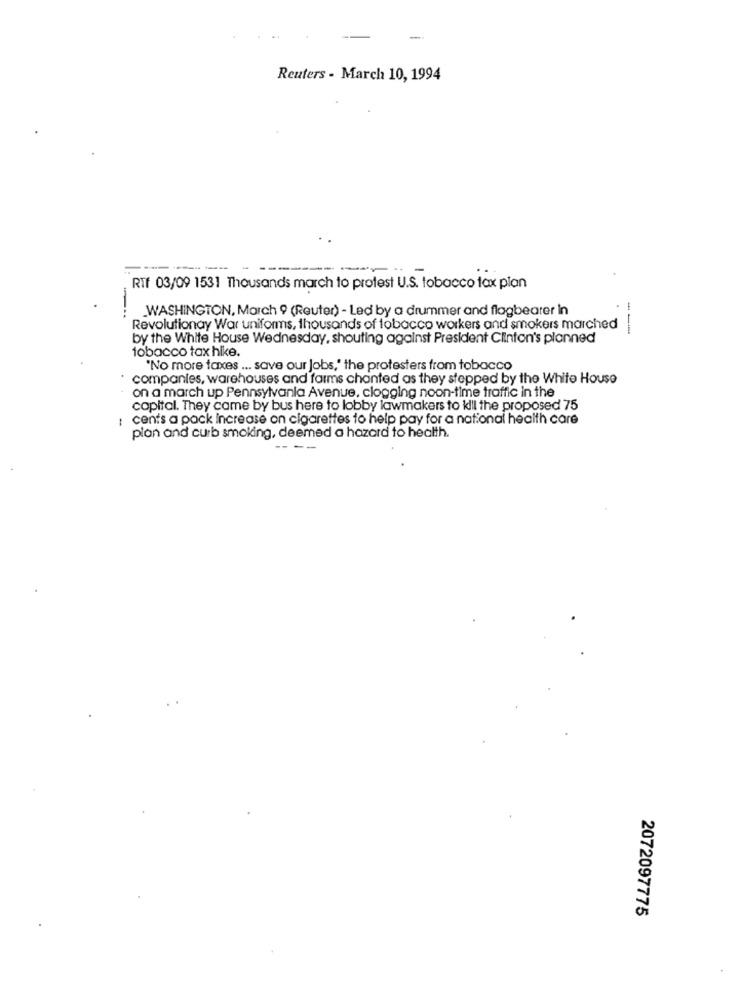
-
Reuters - March 10, 1994
-
RTF 03/09 1531 Thousands march to protest U.S. tobacco tax plan
WASHINGTON, March 9 (Reuter) - Led by a drummer and flagbearer in
--
Revolutionay War uniforms, thousands of tobacco workers and smokers marched
by the White House Wednesday, shouting against President Clinton's planned
tobacco tax hike.
"No more taxes ... save our Jobs," the protesters from tobacco
companies, warehouses and farms chanted as they stopped by the White House
on a march up Pennsylvania Avenue, clogging noon-time traffic in the
copital. They came by bus here to lobby lawmakers to kill the proposed 75
: cents a pack Increase on cigarettes to help pay for a national health care
plan and curb smoking, deemed a hazard to health.
2072097775